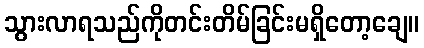
သွားလာရသည်ကိုတင်းတိမ်ခြင်းမရှိတော့ချေ။